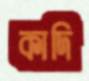
কাদি